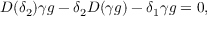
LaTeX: D ( \delta _ { 2 } ) \gamma g - \delta _ { 2 } D ( \gamma g ) - \delta _ { 1 } \gamma g = 0 ,